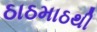
ઠાઠમાઠથી